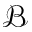
\mathcal { B }